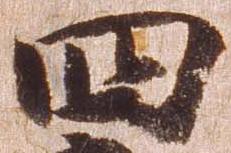
四